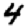
Digit: 4